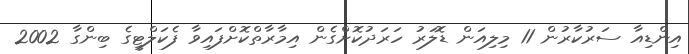
އިންޑިއާ ސަރުކާރުން 11 މިލިއަން ޑޮލަރު ހަރަދުކޮށްގެން އިމާރާތްކޮށްފައިވާ ފެކަލްޓީގެ ބިންގާ 2002